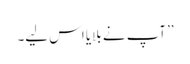
’’آپ نے بلایا اس لیے۔